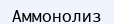
Аммонолиз